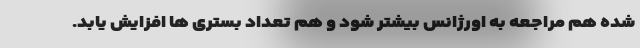
شده هم مراجعه به اورژانس بیشتر شود و هم تعداد بستری ها افزایش یابد.